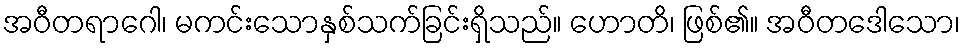
အဝီတရာဂေါ၊ မကင်းသောနှစ်သက်ခြင်းရှိသည်။ ဟောတိ၊ ဖြစ်၏။ အဝီတဒေါသော၊